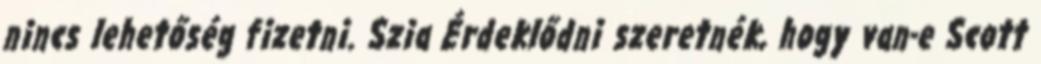
nincs lehetőség fizetni. Szia Érdeklődni szeretnék, hogy van-e Scott